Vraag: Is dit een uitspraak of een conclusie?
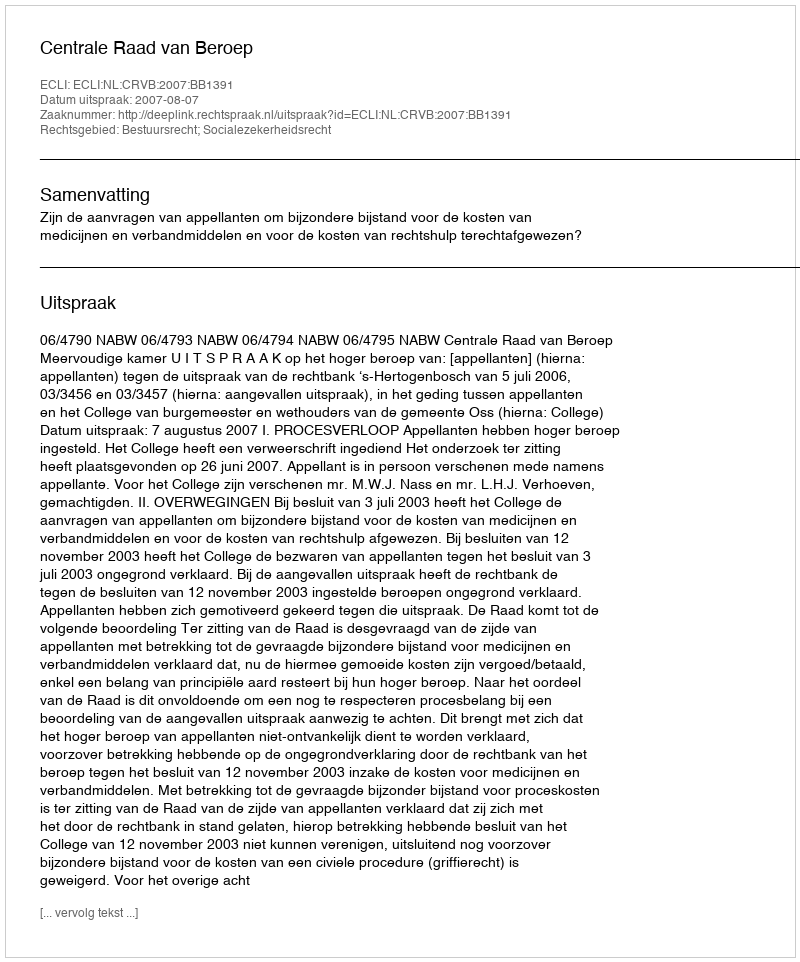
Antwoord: Uitspraak